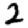
Digit: 2